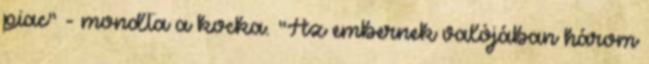
piac" - mondta a kocka. "Az embernek valójában három